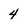
Character: 4